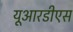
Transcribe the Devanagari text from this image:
यूआरडीएस